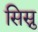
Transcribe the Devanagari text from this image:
सिस्नु